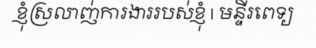
ខ្ញុំស្រលាញ់ការងាររបស់ខ្ញុំ | មន្ទីរពេទ្យ